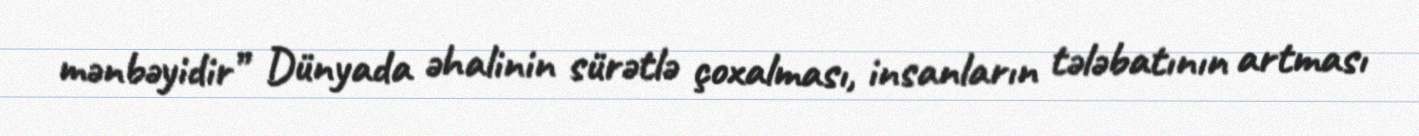
mənbəyidir” Dünyada əhalinin sürətlə çoxalması, insanların tələbatının artması